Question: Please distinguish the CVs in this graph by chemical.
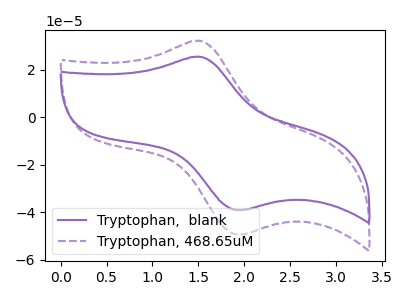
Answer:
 <answer>The purple curve is labeled "Tryptophan,  blank". The purple dashed curve is labeled "Tryptophan, 468.65uM".</answer>
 <eval></eval>